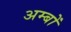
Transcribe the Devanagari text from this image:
अम्बों